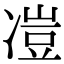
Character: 凒